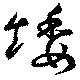
矮